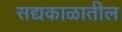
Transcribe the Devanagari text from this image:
सद्यकाळातील